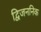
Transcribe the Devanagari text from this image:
द्विजननिक